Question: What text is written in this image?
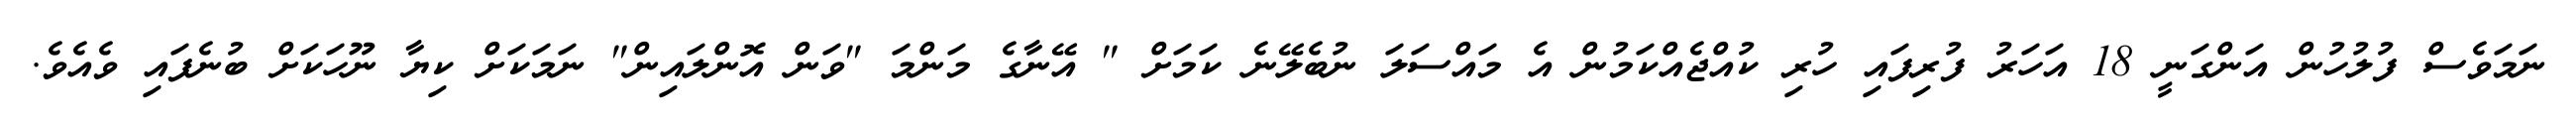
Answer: ނަމަވެސް ފުލުހުން އަންގަނީ 18 އަހަރު ފުރިފައި ހުރި ކުއްޖެއްކަމުން އެ މައްސަލަ ނުބެލޭނެ ކަމަށް " އޭނާގެ މަންމަ "ވަން އޮންލައިން" ނަމަކަށް ކިޔާ ނޫހަކަށް ބުނެފައި ވެއެވެ.